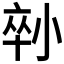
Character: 𡮇